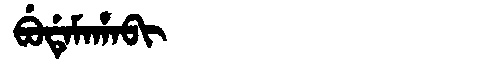
Manchu: ᠪᡠᡩᡝᠮᠠᡥᠠᠪᡳ
Romanization: BUDEMAHABI